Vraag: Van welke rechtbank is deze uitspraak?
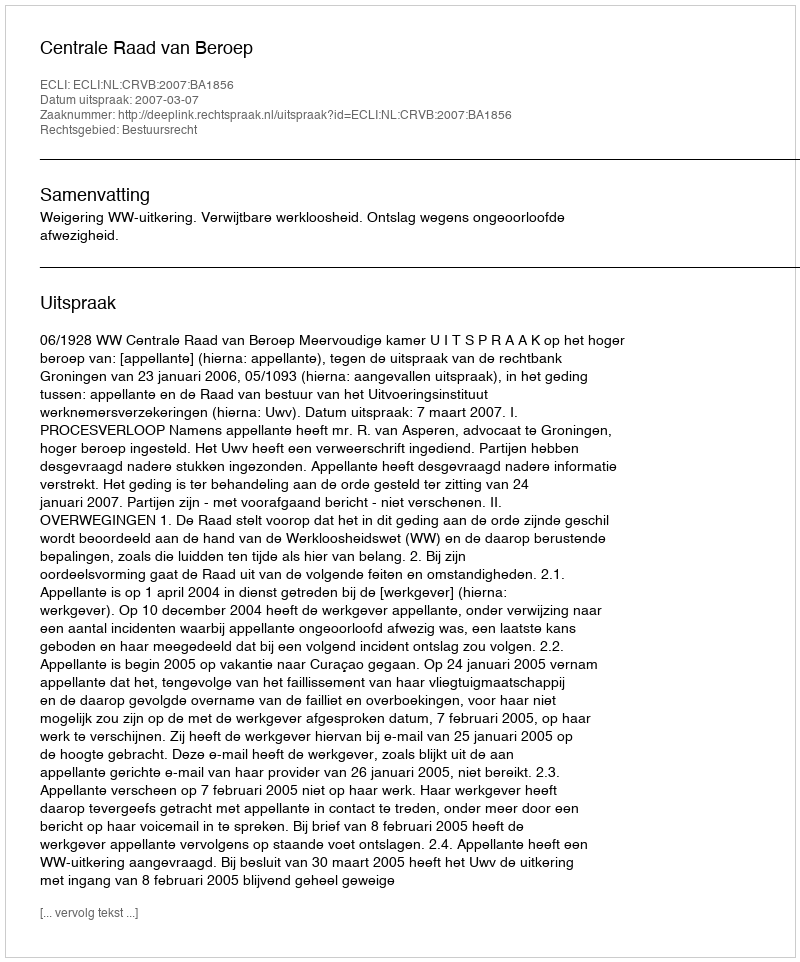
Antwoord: Centrale Raad van Beroep